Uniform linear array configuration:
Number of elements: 32
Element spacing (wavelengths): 0.5
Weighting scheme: cosine
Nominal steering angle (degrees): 45
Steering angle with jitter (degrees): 46.942
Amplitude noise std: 0.05
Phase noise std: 0.05

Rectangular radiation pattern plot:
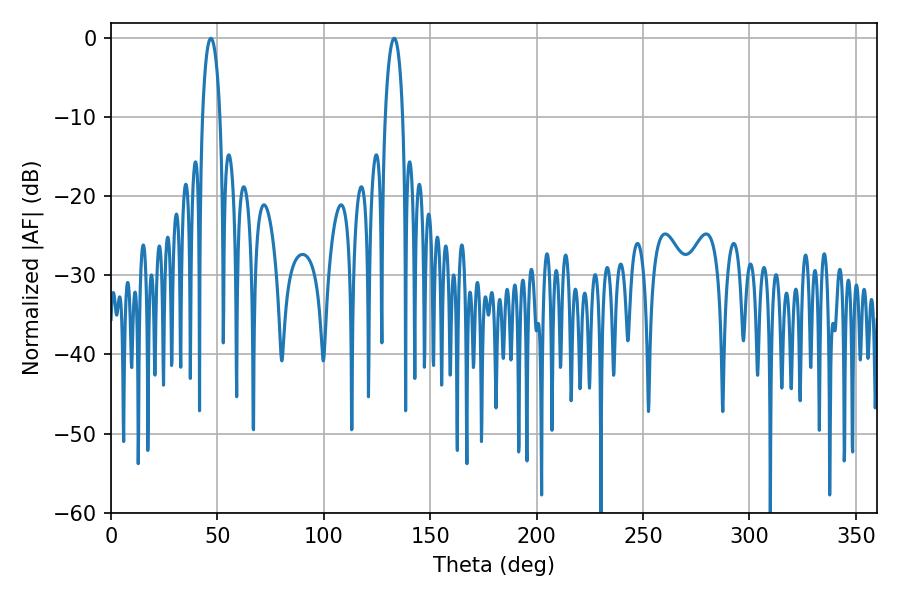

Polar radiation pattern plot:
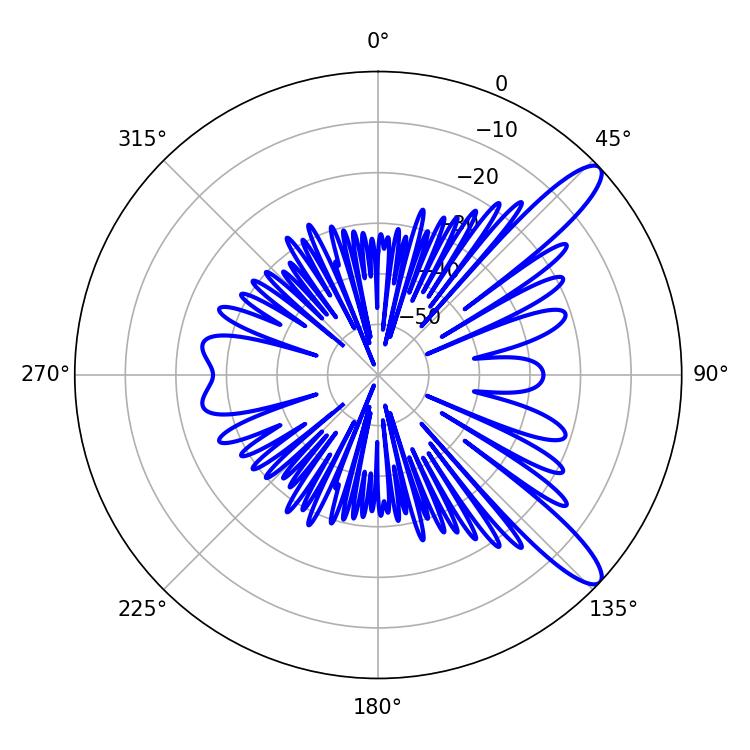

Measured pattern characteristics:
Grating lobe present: FALSE
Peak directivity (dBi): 11.763
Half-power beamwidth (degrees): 4.68
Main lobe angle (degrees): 46.98